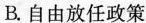
B.自由放任政策